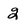
Character: Q